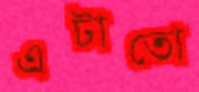
এটাতো